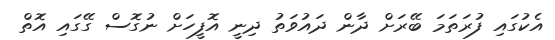
އެކުގައި ފުރަތަމަ ބޭރަށް ދާން ދައުވަތު ދިނީ އޮފީހަށް ނުގޮސް ގޭގައި އޮތް